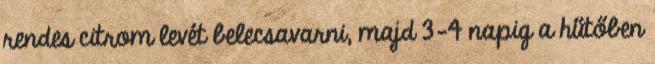
rendes citrom levét belecsavarni, majd 3-4 napig a hűtőben